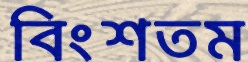
বিংশতম